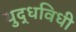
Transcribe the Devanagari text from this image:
युद्धविधी